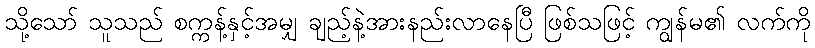
သို့သော် သူသည် စက္ကန့်နှင့်အမျှ ချည့်နဲ့အားနည်းလာနေပြီ ဖြစ်သဖြင့် ကျွန်မ၏ လက်ကို